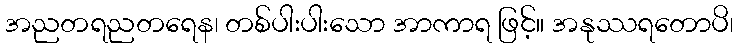
အညတရညတရေန၊ တစ်ပါးပါးသော အာကာရ ဖြင့်။ အနုဿရတောပိ၊